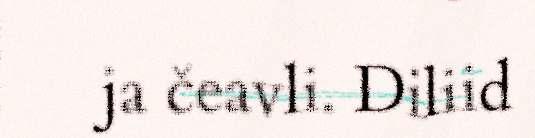
ja čeavli. Diliid